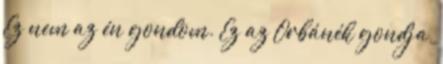
Ez nem az én gondom. Ez az Orbánék gondja,